Lunatic asylums Central Provinces reports 1895-1909 - 1895-1909
Year: 1895
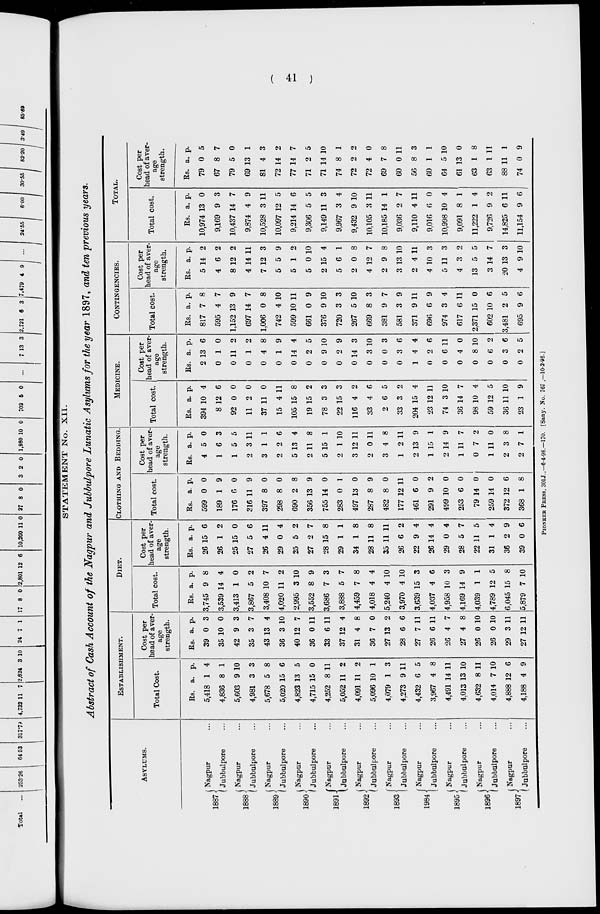
( 41 )
STATEMENT No. XII.
Abstract of Cash Account of the Nagpur and Jubbulpore Lunatic Asylums for the year 1897, and ten previous years.
ASYLUMS.
1887
1888
1889
1890
1891
1892
1893
1984
1895
1896
1897
Nagpur ...
Jubbulpore ...
Nagpur ...
Jubbulpore ...
Nagpur ...
Jubbulpore ...
Nagpur ...
Jubbulpore ...
Nagpur ...
Jubbulpore ...
Nagpur ...
Jubbulpore ...
Nagpur ...
Jubbulpore ...
Nagpur ...
Jubbulpore ...
Nagpur ...
Jubbulpore ...
Nagpur ...
Jubbulpore ...
Nagpur ...
Jubbulpore ...
ESTABLISHMENT.
Total Cost.
Rs.
5,418
4,836
5,603
4,981
5,678
5,020
4,823
4,715
4,252
5,052
4,091
5,096
4,079
4,273
4,432
3,967
4,491
4,013
4,632
4,014
4,888
4,188
a.
1
8
9
3
5
15
13
15
8
11
11
10
1
9
6
4
14
13
8
7
12
4
p.
4
1
10
3
8
6
5
0
11
2
2
1
3
11
5
8
11
10
11
10
6
9
Cost per
head of aver-
age
strength.
Rs.
39
35
42
35
43
36
40
36
33
37
31
36
27
28
27
26
26
27
26
26
29
27
a.
0
10
9
3
13
3
12
0
6
12
4
7
13
6
7
6
4
4
0
0
3
12
p.
3
0
3
7
4
10
7
11
11
4
8
0
2
6
11
11
7
8
10
10
11
11
DIET.
Total cost.
Rs.
3,745
3,539
3,413
3,867
3,408
4,020
2,995
3,552
3,686
3,888
4,459
4,018
5,240
3,970
3,639
4,037
4,958
4,169
4,039
4,789
6,045
5,879
a.
9
14
1
5
10
11
3
8
7
5
7
4
4
4
15
4
10
14
1
12
15
7
p.
8
4
0
2
7
2
10
9
3
7
8
4
10
10
3
6
3
9
1
5
8
10
Cost per
head of aver-
age
strength.
Rs.
26
26
25
27
26
29
25
27
28
29
34
28
35
26
22
26
29
28
22
31
36
39
a.
15
1
15
5
4
0
5
2
15
1
1
11
11
6
9
14
0
5
11
1
2
0
p.
6
2
0
6
11
4
2
7
8
1
8
8
11
2
4
4
4
7
5
4
9
6
CLOTHING AND BEDDING
Total cost.
Rs.
599
189
176
316
397
298
690
356
755
283
497
287
482
177
461
291
499
253
79
259
372
368
a.
0
1
6
11
8
8
2
13
14
0
13
8
8
12
6
9
10
6
14
14
12
1
p.
0
9
0
9
0
0
8
9
0
1
0
9
0
11
0
2
0
0
0
0
6
8
Cost per
head of aver-
age
strength.
Rs.
4
1
1
2
3
2
5
2
5
2
3
2
3
1
2
1
2
1
0
1
2
2
a.
5
6
5
3
1
2
13
11
15
1
12
0
4
2
13
15
14
11
7
11
3
7
p.
0
3
5
11
1
6
4
8
1
10
11
11
8
11
9
1
9
7
2
0
8
1
MEDICINE.
Total cost.
Rs.
394
8
92
11
37
15
105
19
78
22
116
33
2
33
204
23
74
36
98
59
36
23
a.
10
12
0
2
11
4
15
15
3
15
4
4
6
3
15
12
3
14
10
12
11
1
p.
4
6
0
0
0
11
8
2
3
3
2
6
5
2
4
11
10
7
4
5
10
9
Cost per
head of aver-
age
strength.
Rs.
2
0
0
0
0
0
0
0
0
0
0
0
0
0
1
0
0
0
0
0
0
0
a.
13
1
11
1
4
1
14
2
9
2
14
3
0
3
4
2
6
4
8
6
3
2
p.
6
0
2
2
8
9
4
5
10
9
3
10
3
6
4
6
11
0
10
2
6
5
CONTINGENCIES.
Total cost.
Rs.
817
595
1,152
697
1,006
742
599
661
376
720
267
669
381
581
371
696
974
617
2,371
602
3,481
695
a.
7
4
13
14
0
4
10
0
9
3
5
8
9
3
9
6
3
6
15
10
2
9
p.
8
7
9
7
8
10
11
9
10
3
10
3
7
9
11
9
4
11
0
6
5
6
Cost per
head of aver-
age
strength.
Rs.
5
4
8
4
7
5
5
5
2
5
2
4
2
3
2
4
5
4
13
3
20
4
a.
14
6
12
14
12
5
1
0
15
6
0
12
9
13
4
10
11
3
5
14
13
9
p.
2
2
2
11
3
9
2
10
4
1
8
7
8
10
11
3
3
2
5
7
3
10
TOTAL.
Total cost.
Rs.
10,974
9,169
10,437
9,874
10,528
10,097
9,214
9,306
9,149
9,967
9,432
10,105
10,185
9,036
9,110
9,016
10,998
9,091
11,222
9,726
14,825
11,154
a.
13
9
14
4
3
12
14
5
11
3
9
3
14
2
4
6
10
8
1
9
6
9
p.
0
3
7
9
11
5
6
5
3
4
10
11
1
7
11
0
4
1
4
2
11
6
Cost per
head of aver-
age
strength.
Rs.
79
67
79
69
81
72
77
71
71
74
72
72
69
60
56
60
64
61
63
63
88
74
a.
0
8
5
13
4
14
14
2
14
8
2
4
7
0
8
1
5
13
1
1
11
0
p.
5
7
0
1
3
2
7
5
10
1
2
0
8
11
3
1
10
0
8
11
1
9
PIONEER PRESS, 301J.,—6-4-98.—170. [Sany. No. 767 ,—10-2-98.]